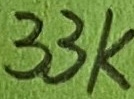
Text: 33k